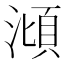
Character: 𣻳